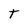
Character: T